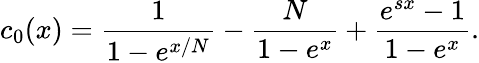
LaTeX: c_{0}(x)=\frac{1}{1-e^{x/N}}-\frac{N}{1-e^{x}}+\frac{e^{sx}-1}{1-e^{x}}.